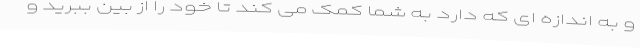
و به اندازه ای که دارد به شما کمک می کند تا خود را از بین ببرید و